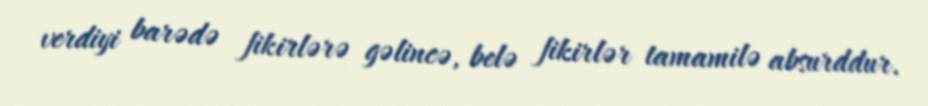
verdiyi barədə fikirlərə gəlincə, belə fikirlər tamamilə absurddur.